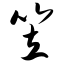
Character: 笠